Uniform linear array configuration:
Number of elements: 64
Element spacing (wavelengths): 0.25
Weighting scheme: hamming
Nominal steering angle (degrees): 30
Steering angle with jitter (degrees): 29.082
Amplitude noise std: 0.05
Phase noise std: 0.05

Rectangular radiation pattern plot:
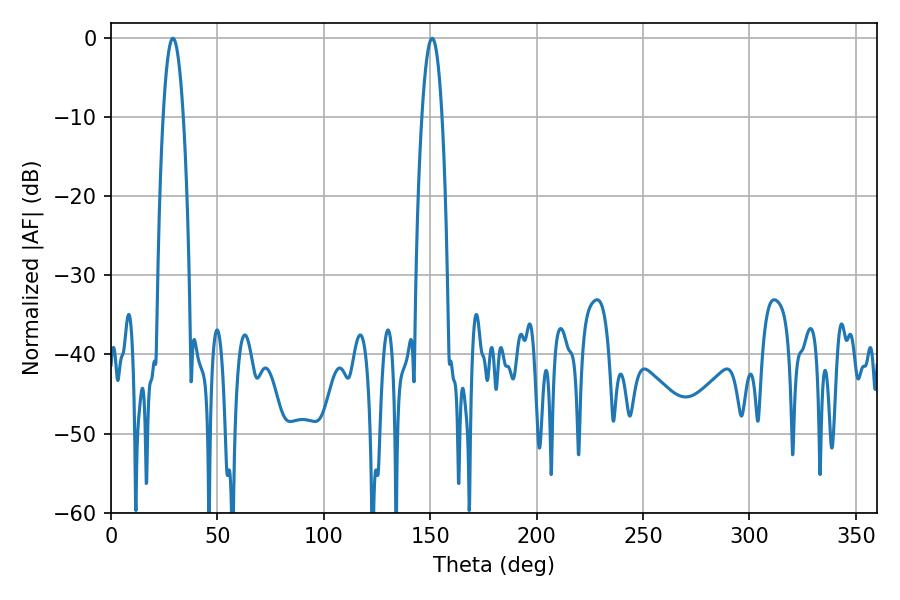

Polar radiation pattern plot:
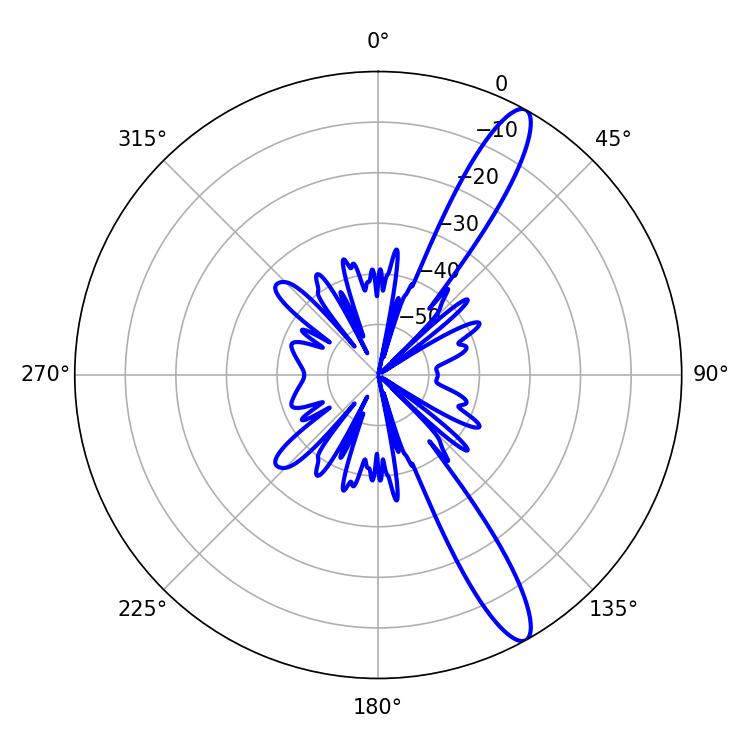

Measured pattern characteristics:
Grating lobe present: FALSE
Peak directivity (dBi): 13.193
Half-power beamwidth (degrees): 5.22
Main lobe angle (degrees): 29.16